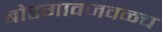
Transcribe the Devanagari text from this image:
बोरगावजवळच